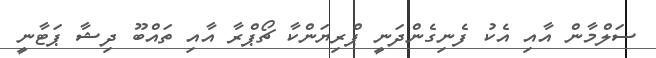
ސަލްމާން އާއި އެކު ފެނިގެންދަނީ ޕްރިޔަންކާ ޗޯޕްރާ އާއި ތައްބޫ ދިޝާ ޕަޓާނީ